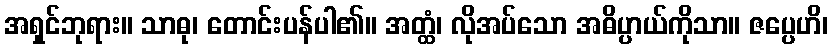
အရှင်ဘုရား။ သာဓု၊ တောင်းပန်ပါ၏။ အတ္ထံ၊ လိုအပ်သော အဓိပ္ပာယ်ကိုသာ။ ဇပ္ပေဟိ၊